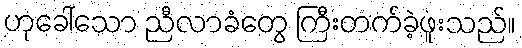
ဟုခေါ်သော ညီလာခံတွေ ကြီးတက်ခဲ့ဖူးသည်။